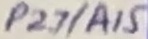
Text: P2.7/A15